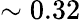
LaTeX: \sim 0.32